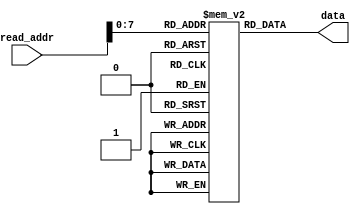
`timescale 1ns / 1ps
//////////////////////////////////////////////////////////////////////////////////
// Company: 
// Engineer: 
// 
// Design Name: 
// Module Name: rom
// Project Name: 
// Target Devices: 
// Tool Versions: 
// Description: 
// 
// Dependencies: 
// 
// Revision:
// Revision 0.01 - File Created
// Additional Comments:
// 
//////////////////////////////////////////////////////////////////////////////////


module rom 
#(parameter DATA_WIDTH=32, parameter ADDR_WIDTH=10) (
	
	input [(ADDR_WIDTH-1):0] read_addr,  
	output  [(DATA_WIDTH-1):0] data ) ;

	// Declare the ROM variable
	reg [DATA_WIDTH-1:0] rom[255:0];

	initial begin
        rom[0] = 32'h20110001;
        rom[1] = 32'h08000c05;
        rom[2] = 32'h20110001;
        rom[3] = 32'h20120002;
        rom[4] = 32'h20130003;
        rom[5] = 32'h08000c09;
        rom[6] = 32'h20110001;
        rom[7] = 32'h20120002;
        rom[8] = 32'h20130003;
        rom[9] = 32'h08000c0d;
        rom[10] = 32'h20110001;
        rom[11] = 32'h20120002;
        rom[12] = 32'h20130003;
        rom[13] = 32'h08000c11;
        rom[14] = 32'h20110001;
        rom[15] = 32'h20120002;
        rom[16] = 32'h20130003;
        rom[17] = 32'h0c000c14;
        rom[18] = 32'h2002000a;
        rom[19] = 32'h0000000c;
        rom[20] = 32'h20100000;
        rom[21] = 32'h22100001;
        rom[22] = 32'h00102020;
        rom[23] = 32'h20020022;
        rom[24] = 32'h0000000c;
        rom[25] = 32'h22100002;
        rom[26] = 32'h00102020;
        rom[27] = 32'h20020022;
        rom[28] = 32'h0000000c;
        rom[29] = 32'h22100003;
        rom[30] = 32'h00102020;
        rom[31] = 32'h20020022;
        rom[32] = 32'h0000000c;
        rom[33] = 32'h22100004;
        rom[34] = 32'h00102020;
        rom[35] = 32'h20020022;
        rom[36] = 32'h0000000c;
        rom[37] = 32'h22100005;
        rom[38] = 32'h00102020;
        rom[39] = 32'h20020022;
        rom[40] = 32'h0000000c;
        rom[41] = 32'h22100006;
        rom[42] = 32'h00102020;
        rom[43] = 32'h20020022;
        rom[44] = 32'h0000000c;
        rom[45] = 32'h22100007;
        rom[46] = 32'h00102020;
        rom[47] = 32'h20020022;
        rom[48] = 32'h0000000c;
        rom[49] = 32'h22100008;
        rom[50] = 32'h00102020;
        rom[51] = 32'h20020022;
        rom[52] = 32'h20020022;
        rom[53] = 32'h0000000c;
        rom[54] = 32'h03e00008;
    end

	assign	data = rom[read_addr];                         // read
endmodule